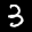
Label: 3